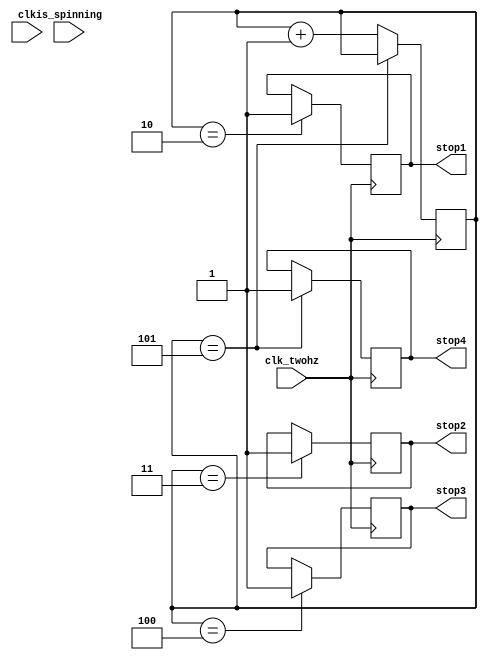
`timescale 1ns / 1ps
//////////////////////////////////////////////////////////////////////////////////
// Company: 
// Engineer: 
// 
// Design Name: 
// Module Name: clk_gradual
// Project Name: 
// Target Devices: 
// Tool Versions: 
// Description: 
// 
// Dependencies: 
// 
// Revision:
// Revision 0.01 - File Created
// Additional Comments:
// 
//////////////////////////////////////////////////////////////////////////////////



module clk_gradual(
    input clk,
    input clk_twohz, //for counter
    input is_spinning,
    output stop1,
    output  stop2,
    output  stop3,
    output stop4
);

reg[7:0] counter = 0;

reg temp1 = 1'b0;
reg temp2 = 1'b0;
reg temp3 = 1'b0;
reg temp4 = 1'b0;

always @(posedge clk_twohz) begin
    //left most stops after 1 s
    //each one stops half a second after 
    //slow down clk each 
    if (counter == 8'd2) begin
        temp1 <= 1'b1;
    end
    if (counter == 8'd3) begin
        temp2 <= 1'b1;
    end
    if (counter == 8'd4) begin
        temp3 <= 1'b1;
    end
    if (counter == 8'd5) begin
        temp4 <= 1'b1;
    end
    else begin
        counter <= counter + 8'b1;
    end
end

//add something so when we start a new spin we reset counter


assign stop1 = temp1;
assign stop2 = temp2;
assign stop3 = temp3;
assign stop4 = temp4;



endmodule